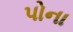
પોના